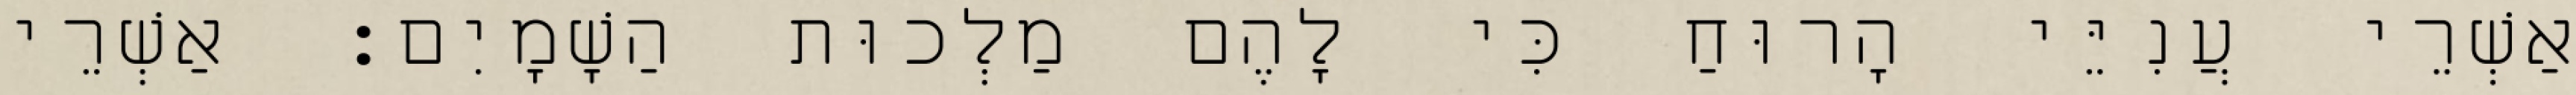
אַשְׁרֵי עֲנִיֵּי הָרוּחַ כִּי לָהֶם מַלְכוּת הַשָׁמָיִם׃ אַשְׁרֵי